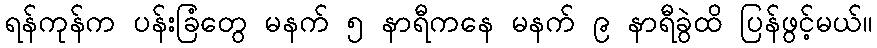
ရန်ကုန်က ပန်းခြံတွေ မနက် ၅ နာရီကနေ မနက် ၉ နာရီခွဲထိ ပြန်ဖွင့်မယ်။